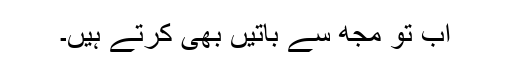
اب تو مجھ سے باتیں بھی کرتے ہیں۔